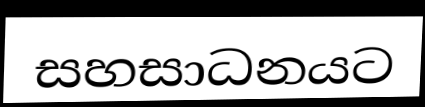
සහසාධනයට